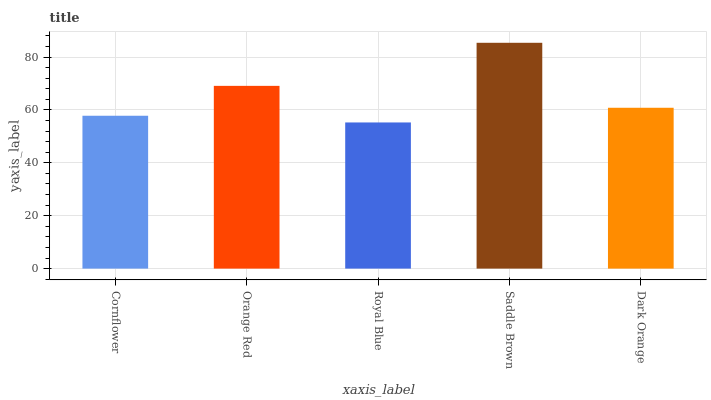
| xaxis_label | bars |
 | --- | --- |
 | Cornflower | 57.8 |
 | Orange Red | 69.1 |
 | Royal Blue | 55.3 |
 | Saddle Brown | 85.4 |
 | Dark Orange | 60.8 |